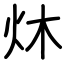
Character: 炑